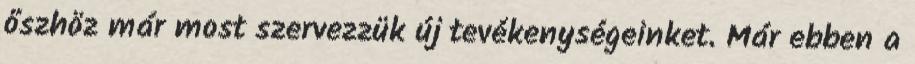
őszhöz már most szervezzük új tevékenységeinket. Már ebben a